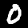
Digit: 0